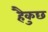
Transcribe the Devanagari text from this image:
हैकुछ